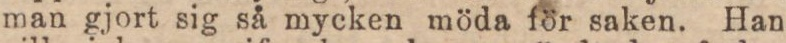
man gjort sig så mycken möda för saken. Han